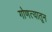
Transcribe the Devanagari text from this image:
गोणत्यातून